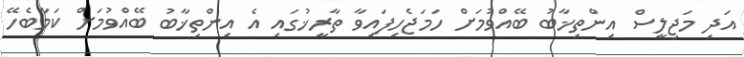
އަދި މަޖިލީސް އިންތިޚާބު ބޭއްވުމަށް ހަމަޖެހިފައިވާ ތާރީޚުގައި އެ އިންތިޚާބު ބޭއްވުމަށް ކަމާބެހޭ